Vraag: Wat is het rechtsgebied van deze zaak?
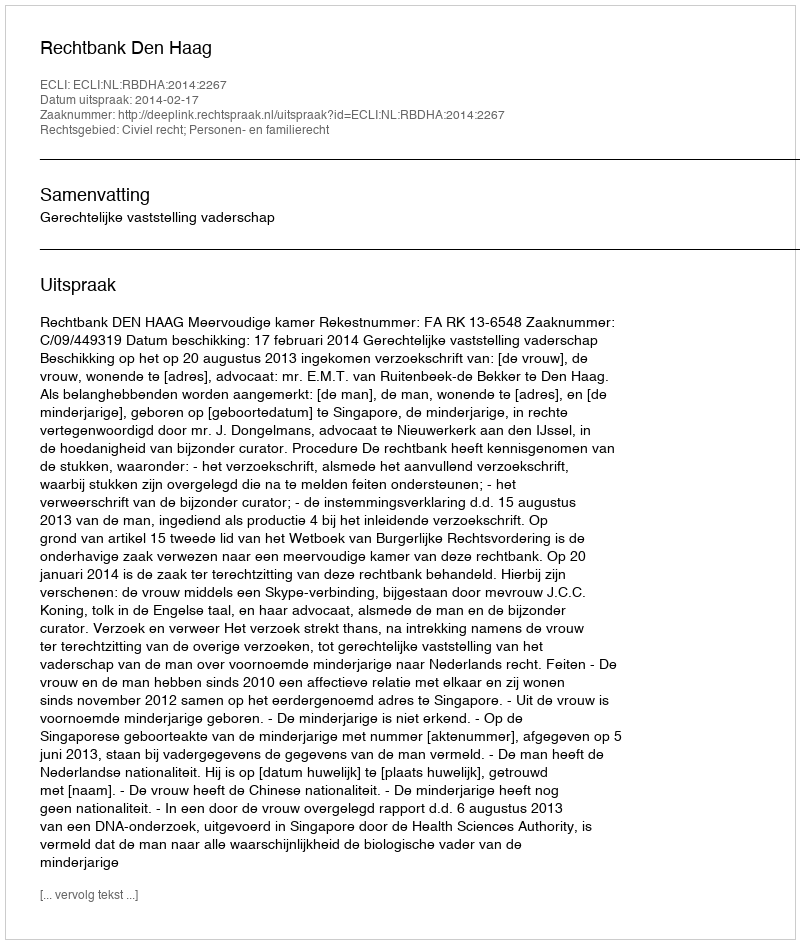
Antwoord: Civiel recht; Personen- en familierecht